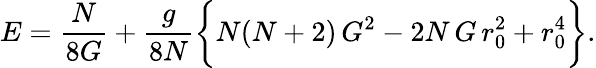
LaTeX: E=\frac{N}{8G}+\frac{g}{8N}\biggl\{ N(N+2)\, G^{2}-2N\, G\, r_{0}^{2}+r_{0}^{4}\biggr\} .